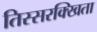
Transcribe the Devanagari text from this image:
तिस्सरक्खिता